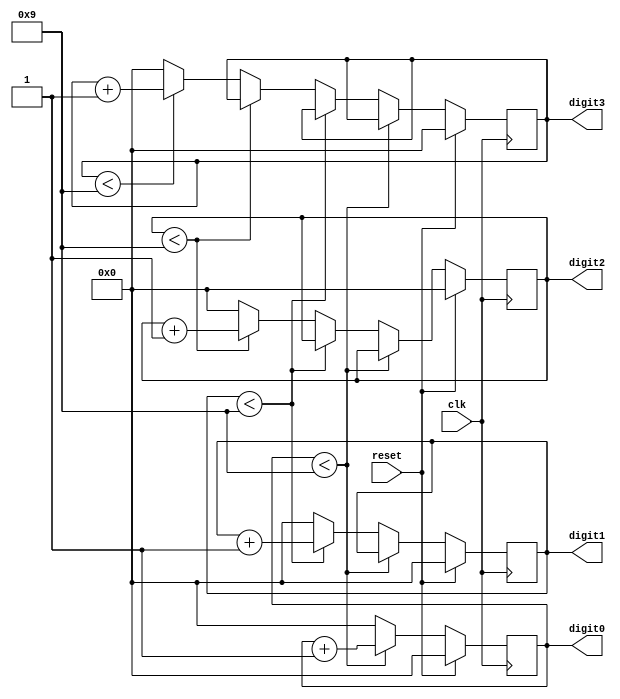
`timescale 1ns / 1ps
//////////////////////////////////////////////////////////////////////////////////
// Company: 
// Engineer: 
// 
// Design Name: 
// Module Name:    counter 
// Project Name: 
// Target Devices: 
// Tool versions: 
// Description: 
//
// Dependencies: 
//
// Revision: 
// Revision 0.01 - File Created
// Additional Comments: 
//
//////////////////////////////////////////////////////////////////////////////////
module counter(
    input clk,
    input reset,
    output reg[3:0] digit0,
    output reg[3:0] digit1,
    output reg[3:0] digit2,
    output reg[3:0] digit3
    );

	always @ (posedge clk)
		begin
			if(reset)
				begin
					digit0 <= 0;
					digit1 <= 0;
					digit2 <= 0;
					digit3 <= 0;
				end
			else begin
				if (digit0 < 4'b1001)
					digit0 <= digit0 + 1;
				else begin
					digit0 <= 0;
					if (digit1 < 4'b1001)
						digit1 <= digit1 + 1;
					else begin
						digit1 <= 0;
						if (digit2 < 4'b1001)
							digit2 <= digit2 + 1;
						else begin
							digit2 <= 0;
							if (digit3 < 4'b1001)
								digit3 <= digit3 + 1;
							else
								digit3 <= 0;
						end
					end
				end
			end
		end
endmodule